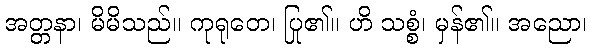
အတ္တနာ၊ မိမိသည်။ ကုရုတေ၊ ပြု၏။ ဟိ သစ္စံ၊ မှန်၏။ အညော၊